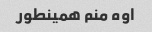
اوه منم همینطور